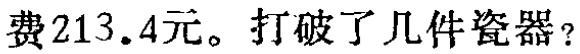
费213.4元。打破了几件瓷器？